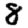
Digit: 8